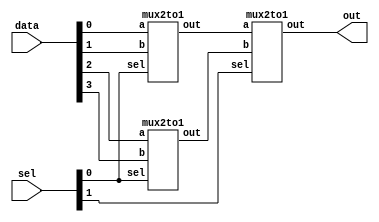


module mux4to1 (
    input wire [3:0] data,
    input wire [1:0] sel,
    output wire out
);
    wire [1:0] sel_2to1;
    wire w1, w2;

    assign sel_2to1[0] = sel[0];
    assign sel_2to1[1] = sel[1];

    mux2to1 m1 (data[0], data[1], sel_2to1[0], w1);
    mux2to1 m2 (data[2], data[3], sel_2to1[0], w2);
    
    mux2to1 m3 (w1, w2, sel_2to1[1], out);
endmodule

module mux2to1 (
    input wire a,
    input wire b,
    input wire sel,
    output wire out
);
    assign out = (sel == 1'b0) ? a : b;
endmodule